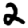
Digit: 2